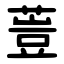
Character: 䔇